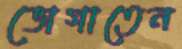
ভোগাতেন